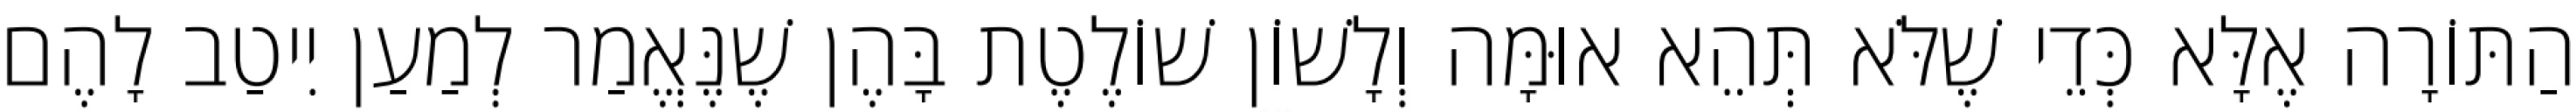
הַתּוֹרָה אֶלָּא כְּדֵי שֶׁלֹּא תְּהֵא אוּמָּה וְלָשׁוֹן שׁוֹלֶטֶת בָּהֶן שֶׁנֶּאֱמַר לְמַעַן יִיטַב לָהֶם